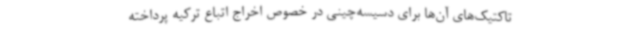
تاکتیک‌های آن‌ها برای دسیسه‌چینی در خصوص اخراج اتباع ترکیه پرداخته